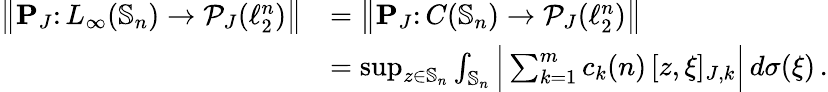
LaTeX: \begin{array}{rl}{\big\| \textbf{P}_{J}\colon L_{\infty}(\mathbb{S}_{n})\to\mathcal{P}_{J}(\ell_{2}^{n})\big\| }&{=\big\| \textbf{P}_{J}\colon C(\mathbb{S}_{n})\to\mathcal{P}_{J}(\ell_{2}^{n})\big\| }\\ &{=\operatorname*{sup}_{z\in\mathbb{S}_{n}}\int_{\mathbb{S}_{n}}\Big|\sum_{k=1}^{m}c_{k}(n)\, [z,\xi]_{J,k}\Big|\, d\sigma(\xi)\, .}\end{array}